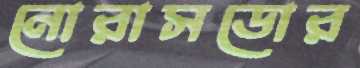
নোরাসডোর